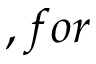
, f o r